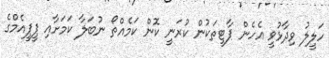
ހަލީލު ވިދާޅުވީ އެހެން ޕާޓީތަކުން ކުރަނީ ކޮން ކަމެއްތޯ ނުބަލާ ކަމަށާއި ޕީޕީއެމްގެ